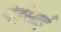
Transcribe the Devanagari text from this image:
येईसाई